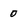
Character: 0